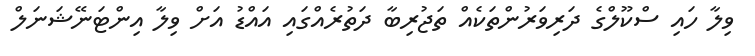
ވިލާ ހައި ސްކޫލްގެ ދަރިވަރުންތަކެއް ތަޖުރިބާ ދަތުރެއްގައި އައްޑު އަށް ވިލާ އިންޓަނޭޝަނަލް